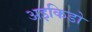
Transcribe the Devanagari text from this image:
अइकिडो